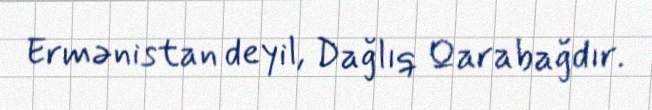
Ermənistan deyil, Dağlıq Qarabağdır.